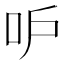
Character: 𠯖